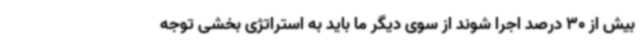
بیش از 30 درصد اجرا شوند از سوی دیگر ما باید به استراتژی بخشی توجه